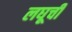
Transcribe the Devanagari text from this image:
लघूची